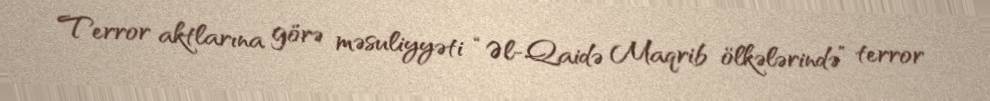
Terror aktlarına görə məsuliyyəti “Əl-Qaidə Maqrib ölkələrində” terror